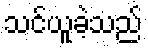
သင်ယူခဲ့သည်